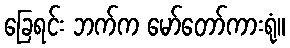
ခြေရင်း ဘက်က မော်တော်ကားရုံ။